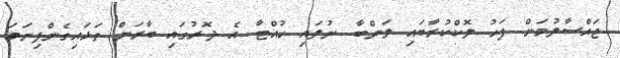
ޖައްސާލުމަށް ފަހު ލޮކްކުރާބައި ލަންބާ ނުލައި ހުއްޓާ އެ ދޮރުގައި ބާރަށް ތަޅައިގެންފިނަމަ